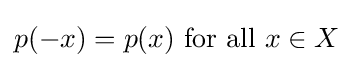
p(-x)=p(x){\text{ for all }}x\in X